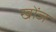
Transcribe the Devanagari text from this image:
खोंज